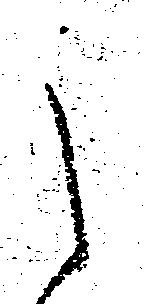
之